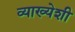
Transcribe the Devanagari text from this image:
व्याख्येशी